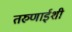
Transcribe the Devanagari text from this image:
तरुणाईशी